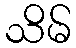
သိမ်